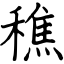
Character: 穛